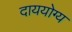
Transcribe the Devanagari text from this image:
दाययोग्य